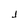
Character: J